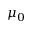
\mu _ { 0 }